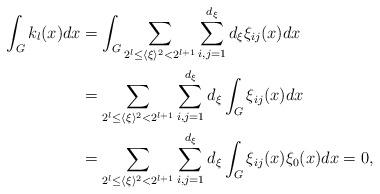
LaTeX: \begin{align*}\int_{G}k_l(x)dx &=\int_{G}\sum_{2^l\leq \langle \xi\rangle^2<2^{l+1}}\sum_{i,j=1}^{d_\xi}d_\xi\xi_{ij}(x)dx\\&=\sum_{2^l\leq \langle \xi\rangle^2<2^{l+1}}\sum_{i,j=1}^{d_\xi}d_\xi \int_{G}\xi_{ij}(x)dx\\&=\sum_{2^l\leq \langle \xi\rangle^2<2^{l+1}}\sum_{i,j=1}^{d_\xi}d_\xi \int_{G}\xi_{ij}(x)\xi_{0}(x)dx=0,\\\end{align*}